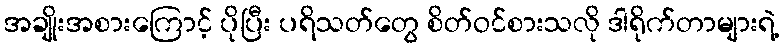
အချိုးအစားကြောင့် ပိုပြီး ပရိသတ်တွေ စိတ်ဝင်စားသလို ဒါရိုက်တာများရဲ့